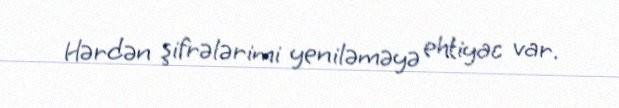
Hərdən şifrələrimi yeniləməyə ehtiyac var.